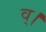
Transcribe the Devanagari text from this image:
व्।